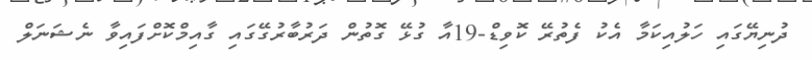
ދުނިޔޭގައި ހަލުއިކަމާ އެކު ފެތުރޭ ކޮވިޑް-19އާ ގުޅޭ ގޮތުން ދަރުބާރުގޭގައި ގާއިމްކޮށްފައިވާ ނެޝަނަލް